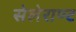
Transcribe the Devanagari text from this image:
सेलेराण्ट